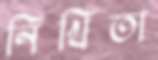
নিখিতা